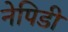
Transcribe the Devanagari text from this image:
नेपिडी